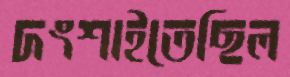
দংশাইতেছিল